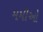
મમીઓ